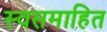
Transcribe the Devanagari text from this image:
स्वसमाहित